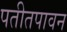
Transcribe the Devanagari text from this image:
पतीतपावन